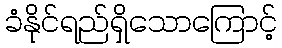
ခံနိုင်ရည်ရှိသောကြောင့်